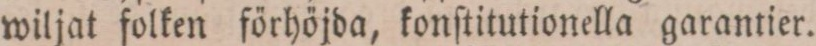
wiljat folken förhöjda, konſtitutionella garantier.